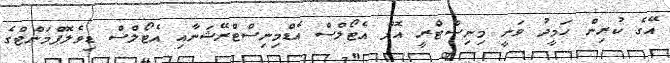
އޭގެ ކުރިން ހަމީދު ވަނީ މިނިސްޓްރީ އޮފް އެޓޯލްސް އެޑްމިނިސްޓްރޭޝަނާއި އެޓޯލްސް ޑިވެލޮޕްމަންޓްގެ